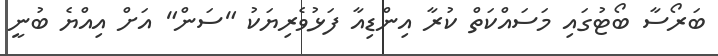
ބަރޯސާ ބޯޓުގައި މަސައްކަތް ކުރާ އިންޑިއާ ފަޅުވެރިޔަކު "ސަން" އަށް އިއްޔެ ބުނީ